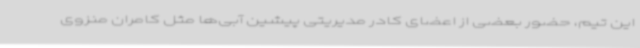
این تیم، حضور بعضی از اعضای کادر مدیریتی پیشین آبی‌ها مثل کامران منزوی